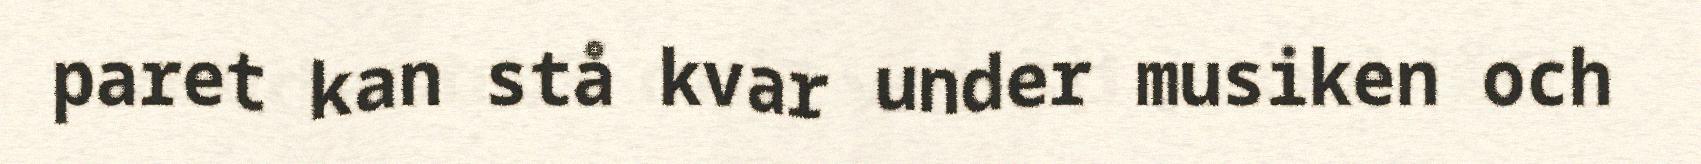
paret kan stå kvar under musiken och